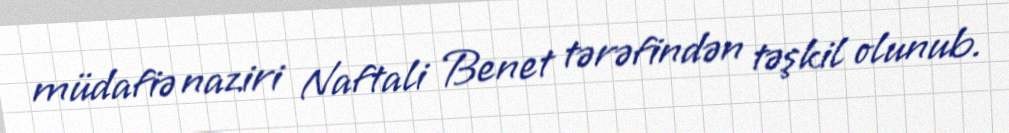
müdafiə naziri Naftali Benet tərəfindən təşkil olunub.